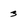
Character: 3